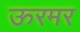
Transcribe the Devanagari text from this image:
ऊरमर